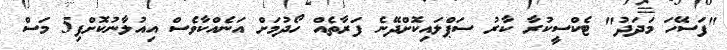
"ފަސޭހަ މަދަދު" ޓެކްސީކުރާ ކާރު ސަޕްލައިކޮށްދޭނެ ފަރާތެއް ހޯދުމަށް އަނެއްކާވެސް އިއުލާނުކޮށްފި5 މަސް